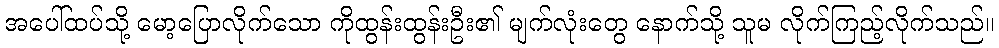
အပေါ်ထပ်သို့ မော့ပြောလိုက်သော ကိုထွန်းထွန်းဦး၏ မျက်လုံးတွေ နောက်သို့ သူမ လိုက်ကြည့်လိုက်သည်။